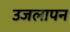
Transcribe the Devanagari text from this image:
उजलापन